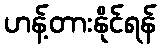
ဟန့်တားနိုင်ရန်